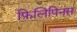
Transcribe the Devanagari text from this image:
फ़िलिपिनस